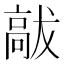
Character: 𮪹